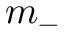
m _ { - }